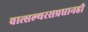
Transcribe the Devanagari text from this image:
वात्सल्यरसप्रधानही